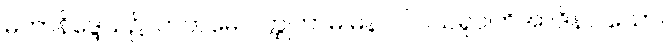
မဟာနိဒ္ဒေသ၌။ ကတမေ ဝတ္ထုကာမ မနာပါ ပိယရူပါတိအာဒိနာ၊ သော။